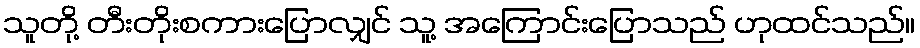
သူတို့ တီးတိုးစကားပြောလျှင် သူ့ အကြောင်းပြောသည် ဟုထင်သည်။